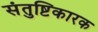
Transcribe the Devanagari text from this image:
संतुष्टिकारक